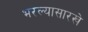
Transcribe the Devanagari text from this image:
भरल्यासारखे